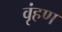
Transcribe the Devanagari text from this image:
वृंहण